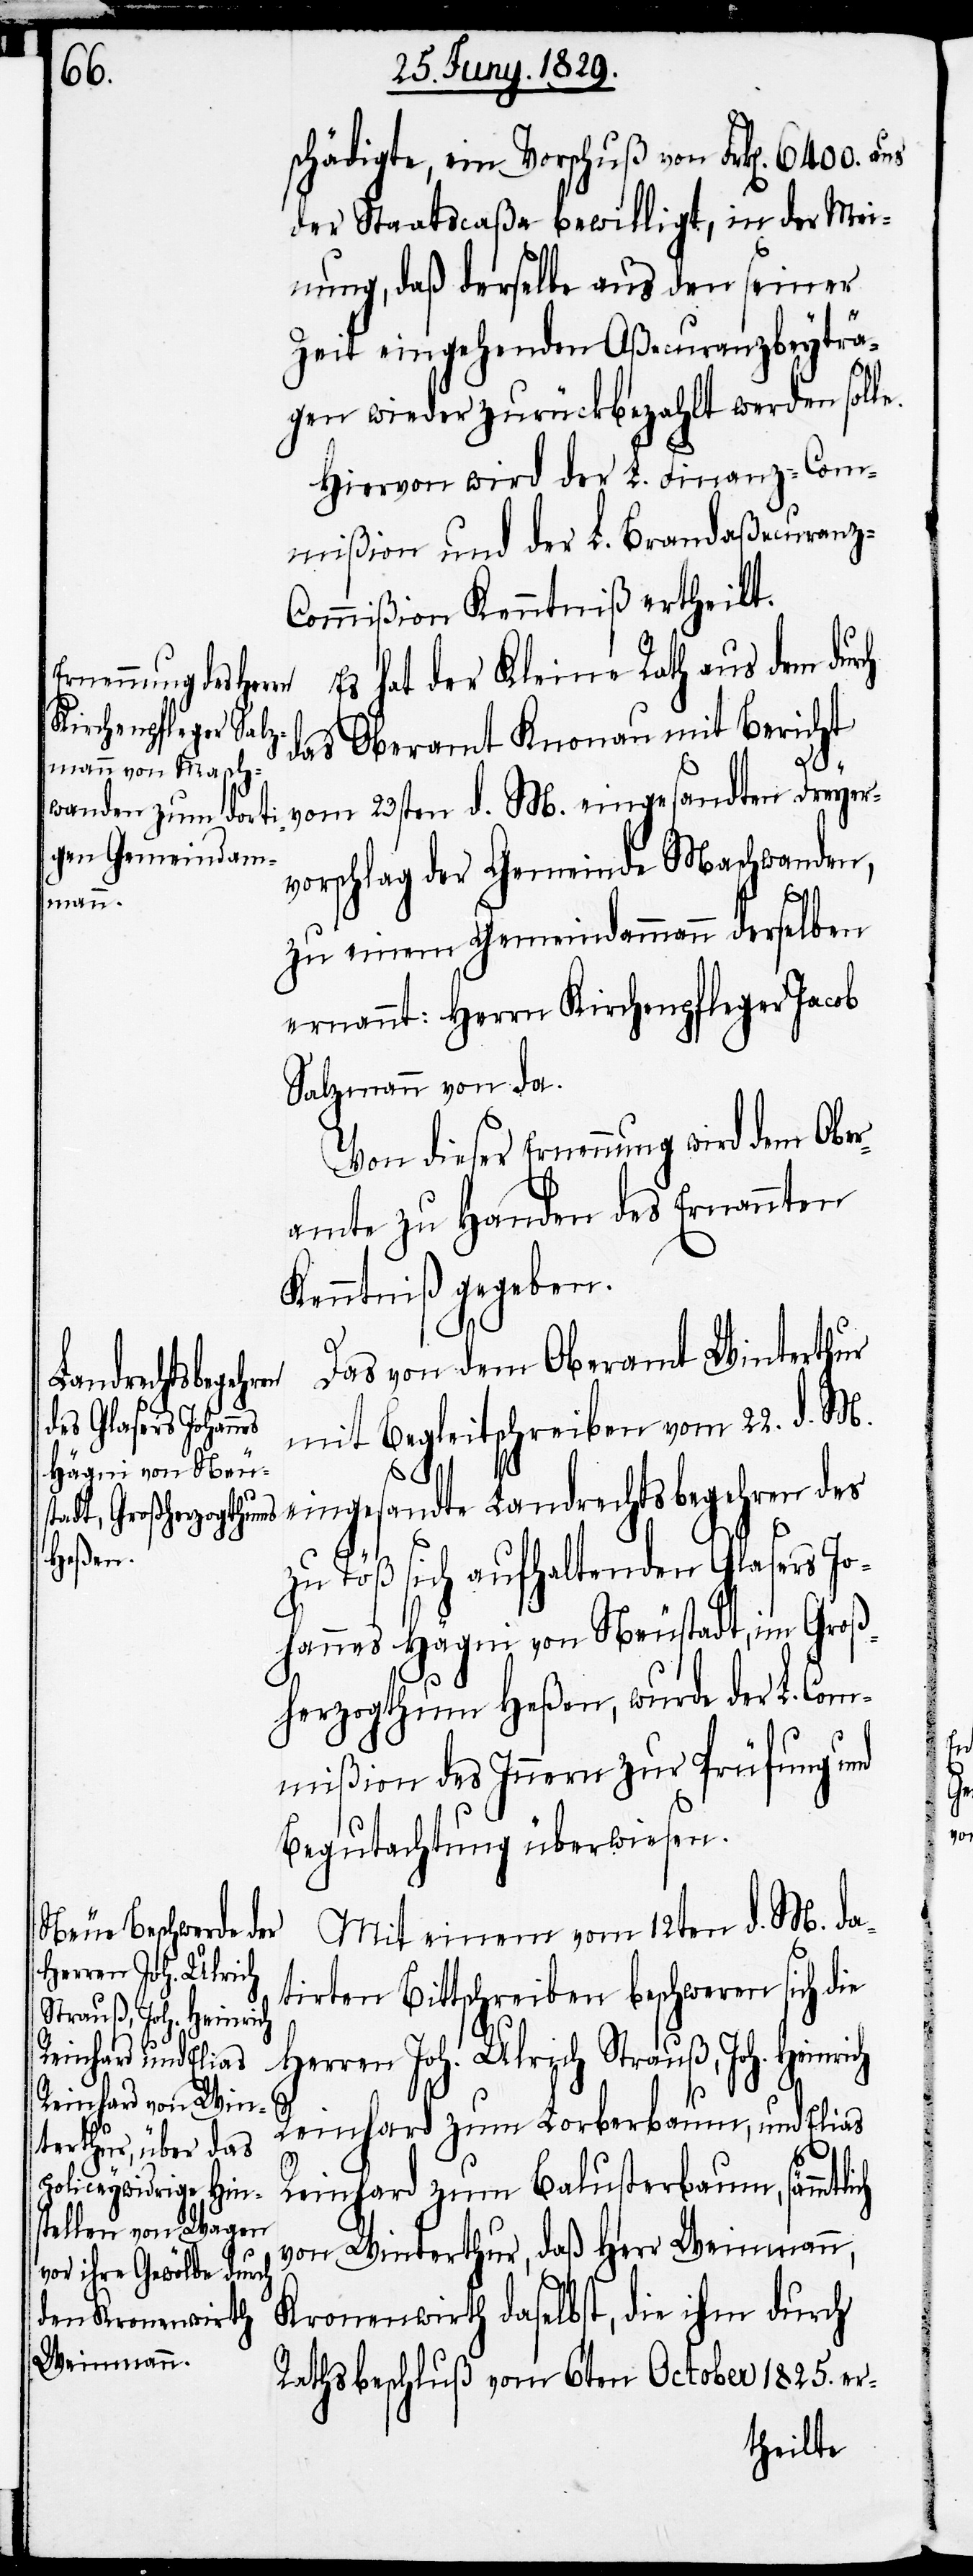
Herren Joh. Ulrich
Strauß, Joh. Heinrich

schädigte, ein Vorschuß von Frk[en]. 6400. aus
der Staatscaßa bewilligt, in der Mei¬
nung, daß derselbe aus den seiner
Zeit eingehenden Aßecuranzbeyträ¬
gen wieder zurückbezahlt werden soll¬
Hiervon wird der L. Finanz-Com¬
mißion und der L. Brandaßecuranz-C¬
ommißion Kenntniß ertheilt.
Es hat der Kleine Rath aus dem durch
das Oberamt Knonau mit Bericht
vom 23sten d. M. eingesandten Dreyer¬
vorschlag der Gemeinde Maschwanden,
zu einem Gemeindammann derselben
ernannt: Herrn Kirchenpfleger Jacob
Salzmann von da.
Von dieser Ernennung wird dem Ober¬
amte zu Handen des Ernannten
Kenntniß gegeben.
Das von dem Oberamt Winterthur
mit Begleitschreiben vom 22. d. M.
eingesandte Landrechtsbegehren des
zu Töß sich aufhaltenden Glasers Jo¬
hanes Hägni von Neustadt, im Groß¬
herzogthum Heßen, wurde der L. Com¬
mißion des Innern zur Prüfung und
Begutachtung überwiesen.
Mit einem vom 12ten d. M. da¬
tirten Bittschreiben beschweren sich die
Reinhard zum Lorberbaum, und Elias
ch
Reinhard zum Balusterbaum, sämmtli¬
von Winterthur, daß Herr Weinmann,
Kronenwirth daselbst, die ihm durch
Rathsbeschluß vom 6ten October 1825. er-